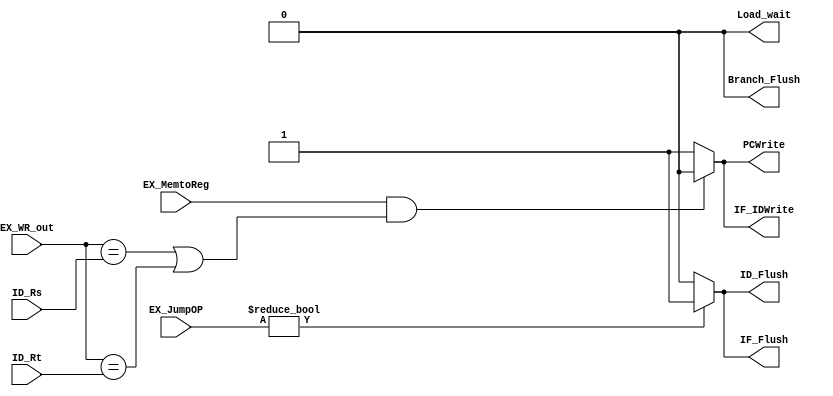
// Hazard Detection Unit

module HDU ( // input
			 ID_Rs,
             ID_Rt,
			 EX_WR_out,
			 EX_MemtoReg,
			 EX_JumpOP,
			 // output
			 PCWrite,			 
			 IF_IDWrite,
			 IF_Flush,
			 ID_Flush,
			 Branch_Flush,
			 Load_wait
			 );
	
	parameter bit_size = 32;
	
	input [4:0] ID_Rs;   	
	input [4:0] ID_Rt;		
	input [4:0] EX_WR_out;  
	input EX_MemtoReg;		
	input [1:0] EX_JumpOP;	
	
	output PCWrite;
	output IF_IDWrite;
	output IF_Flush;
	output ID_Flush;
	output Branch_Flush;
	output Load_wait;
	reg PCWrite;
	reg IF_IDWrite;
	reg IF_Flush;
	reg ID_Flush;
	reg Branch_Flush;
	reg Load_wait;
	
	always @(*) begin
		//default signal value
		PCWrite		 = 1;  	
		IF_IDWrite	 = 1;	
		IF_Flush	 = 0;	
		ID_Flush	 = 0;	
		Branch_Flush = 0;	
		Load_wait	 = 0;	
		
		// Branch
		if (EX_JumpOP!=0) begin/* write condition - Branch occurs */
			ID_Flush=1;
			IF_Flush=1;
		end
		
		// Load
		if (  (EX_MemtoReg==1) &&( (EX_WR_out==ID_Rs) || (EX_WR_out==ID_Rt) ) ) begin					
		// write condition - Load word data hazard occurs 
			//stall the pipeline
			PCWrite=0;
			IF_IDWrite=0;
		end
	end
	
endmodule